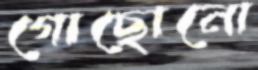
গোছোনো